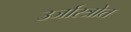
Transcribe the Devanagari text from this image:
उर्जास्त्रोत